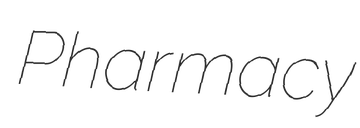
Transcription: Pharmacy